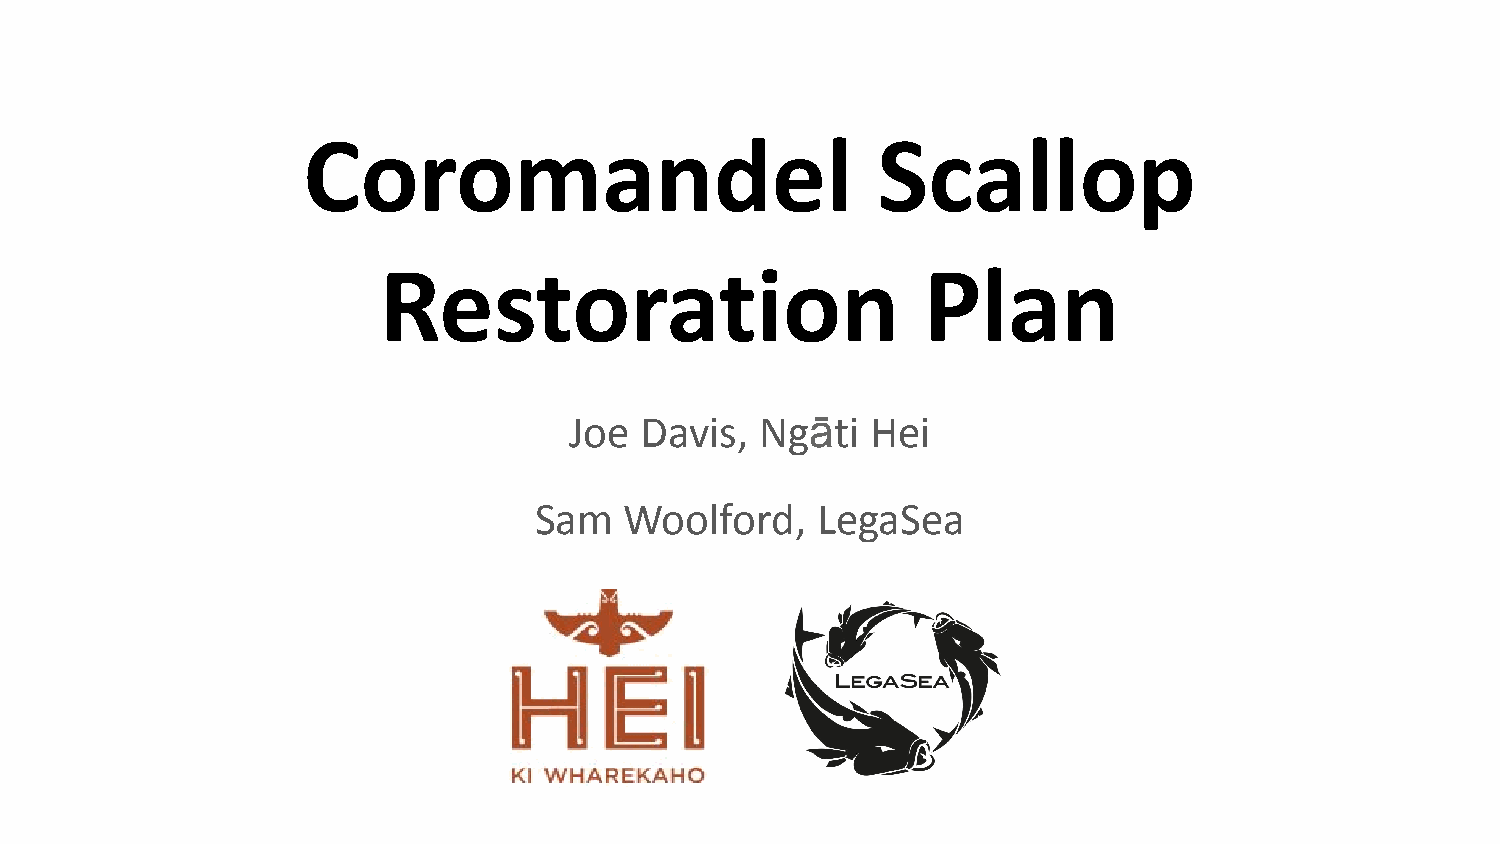
Coromandel                            Scallop
 Restoration                         Plan
 Joe Davis,  Ngāti   Hei
 Sam   Woolford,    LegaSea